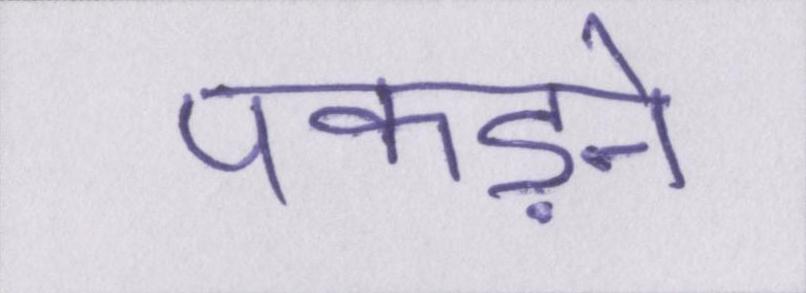
पकड़ने